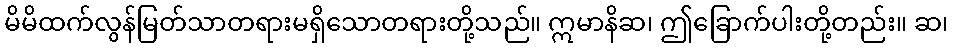
မိမိထက်လွန်မြတ်သာတရားမရှိသောတရားတို့သည်။ ဣမာနိဆ၊ ဤခြောက်ပါးတို့တည်း။ ဆ၊